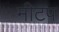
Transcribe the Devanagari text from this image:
मीटप